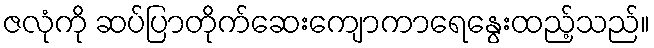
ဇလုံကို ဆပ်ပြာတိုက်ဆေးကျောကာရေနွေးထည့်သည်။